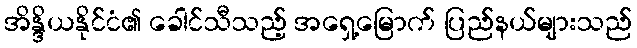
အိန္ဒိယနိုင်ငံ၏ ခေါင်သီသည့် အရှေ့မြောက် ပြည်နယ်များသည်